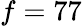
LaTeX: f=77